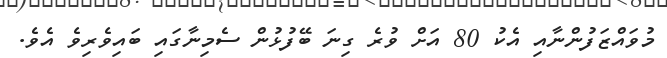
މުވައްޒަފުންނާއި އެކު 80 އަށް ވުރެ ގިނަ ބޭފުޅުން ސެމިނާގައި ބައިވެރިވެ އެވެ.